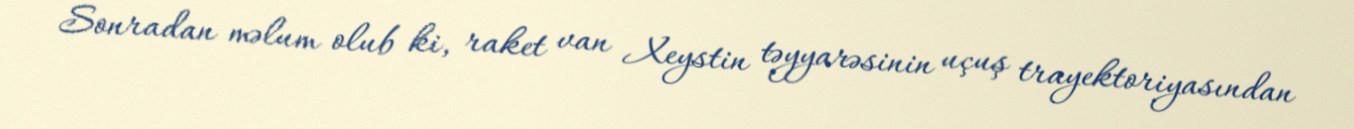
Sonradan məlum olub ki, raket van Xeystin təyyarəsinin uçuş trayektoriyasından